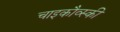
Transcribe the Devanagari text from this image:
चाइकौव्स्की